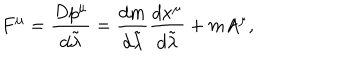
LaTeX: F ^ { \mu } = { \frac { D p ^ { \mu } } { d \tilde { \lambda } } } = { \frac { d m } { d \tilde { \lambda } } } { \frac { d x ^ { \mu } } { d \tilde { \lambda } } } + m A ^ { \mu } ,